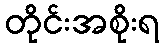
တိုင်းအစိုးရ